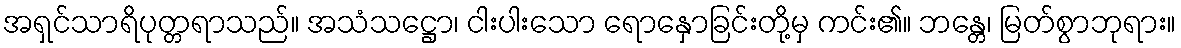
အရှင်သာရိပုတ္တရာသည်။ အသံသဋ္ဌော၊ ငါးပါးသော ရောနှောခြင်းတို့မှ ကင်း၏။ ဘန္တေ၊ မြတ်စွာဘုရား။